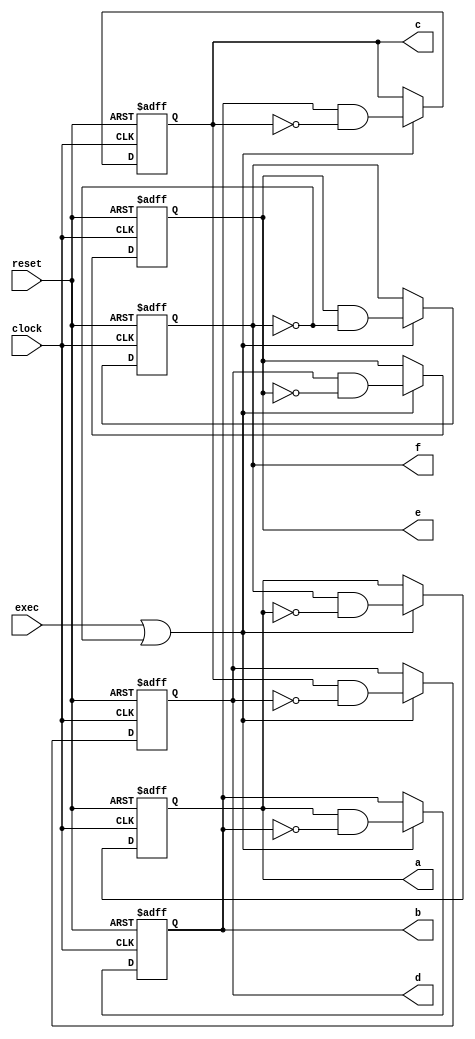
module phasecounter (clock, reset, exec, a,b,c,d,e,f);
input clock, reset, exec;
output reg a=0,b=0,c=0,d=0,e=0,f=1;


always@(posedge clock or posedge reset) begin
	if(reset ==1)
	begin
	a<=0;
	b<=0;
	c<=0;
	d<=0;
	e<=0;
	f<=1;
	end
	else if(exec == 1 || f == 0) begin
		a <= f & ~a;
		b <= a & ~b;
		c <= b & ~c;
		d <= c & ~d;
		e <= d & ~e;
		f <= e & ~f;
	end
end


endmodule